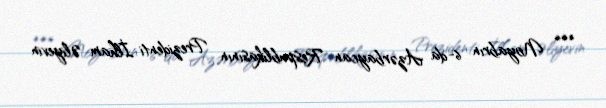
*** Noyabrın 6-da Azərbaycan Respublikasının Prezidenti İlham Əliyevin